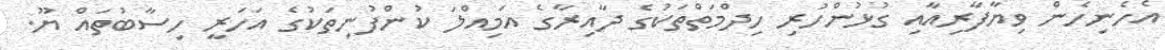
އެހެނިހެން ވިޔާފާރިއާއި ގުޅުންހުރި ހިދްމަތްތަކުގެ ދާއިރާގެ އަމިއްލަ ކުންފުނިތަކުގެ އަހަރީ ހިސާބުތައް ޔޫ.